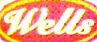
Wells